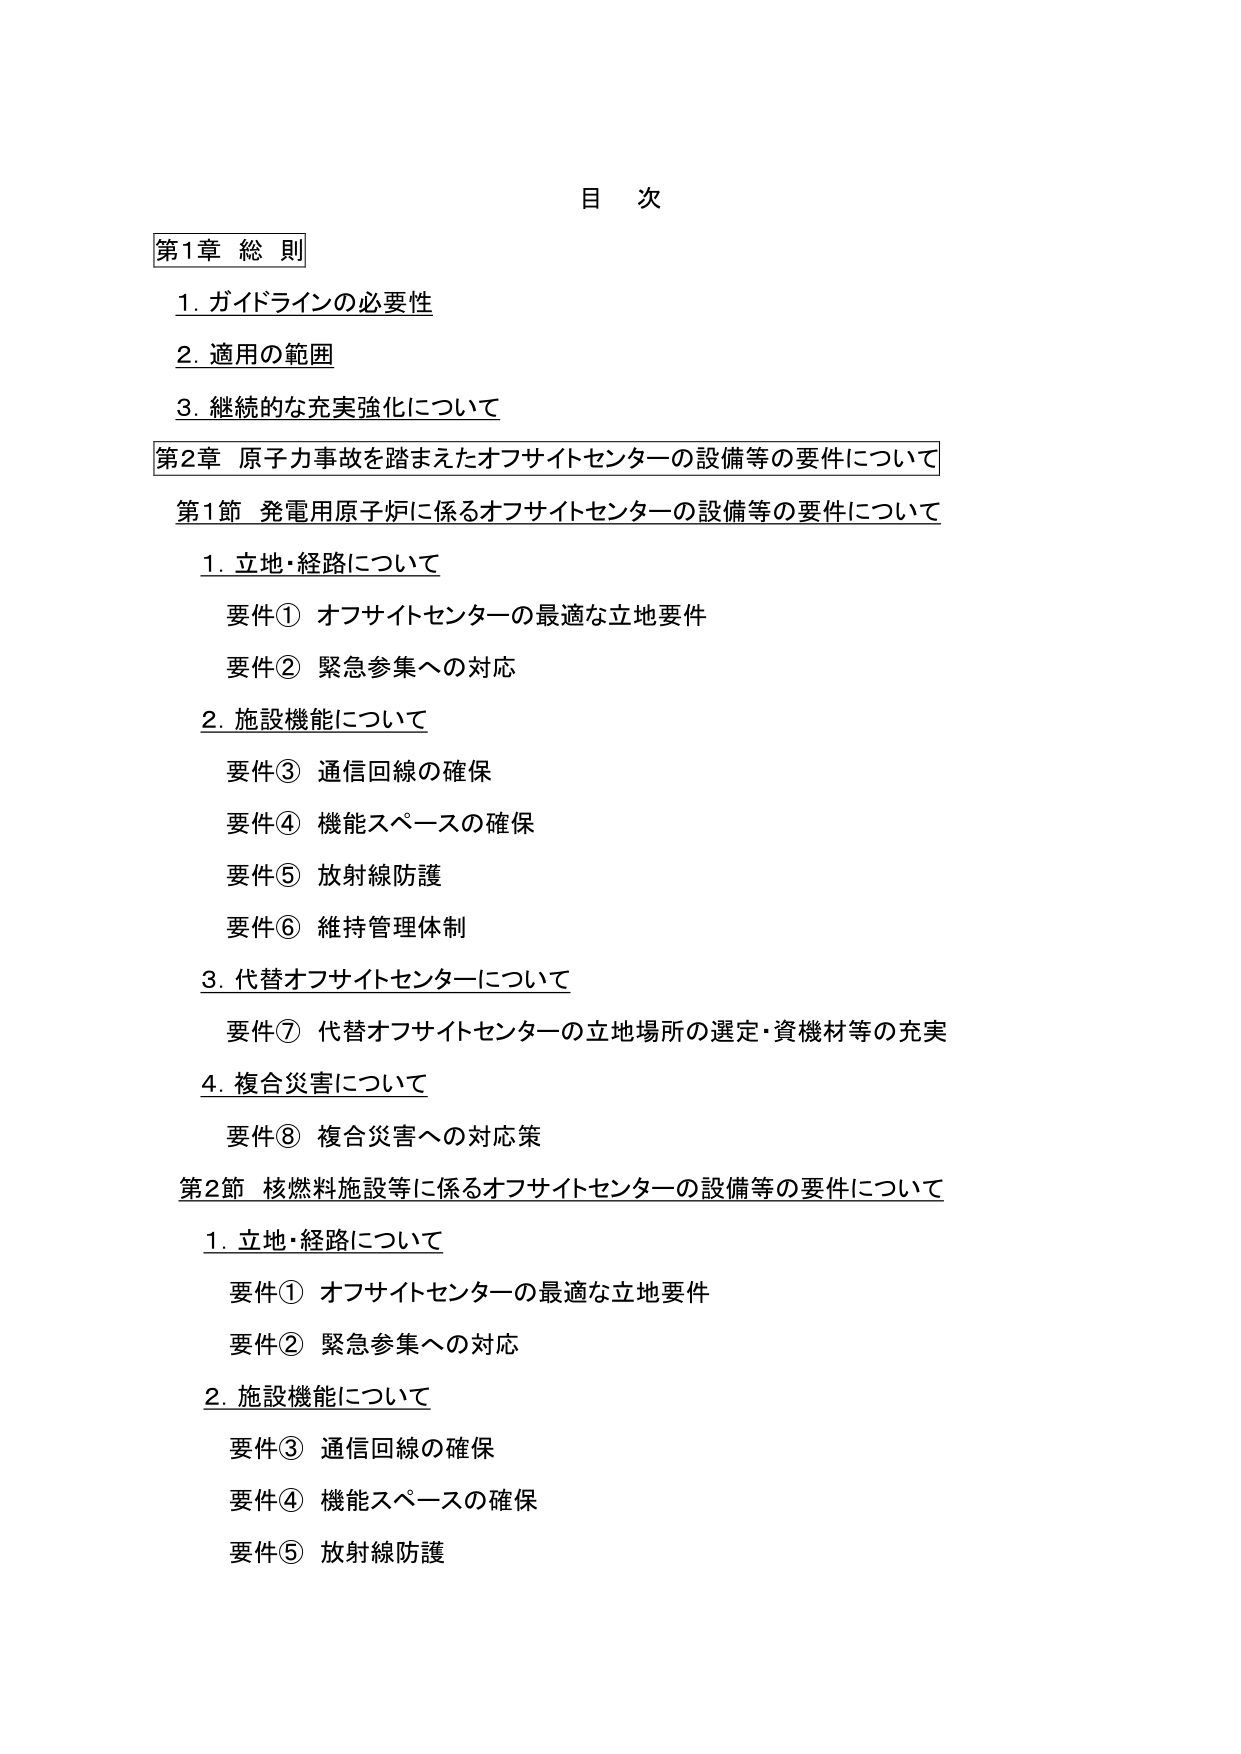
目 次

第1章 総 則
1. ガイドラインの必要性
2. 適用の範囲
3. 継続的な充実強化について

第2章 原子力事故を踏まえたオフサイトセンターの設備等の要件について
第1節 発電用原子炉に係るオフサイトセンターの設備等の要件について
1. 立地・経路について
　要件① オフサイトセンターの最適な立地要件
　要件② 緊急参集への対応
2. 施設機能について
　要件③ 通信回線の確保
　要件④ 機能スペースの確保
　要件⑤ 放射線防護
　要件⑥ 維持管理体制
3. 代替オフサイトセンターについて
　要件⑦ 代替オフサイトセンターの立地場所の選定・資機材等の充実
4. 複合災害について
　要件⑧ 複合災害への対応策

第2節 核燃料施設等に係るオフサイトセンターの設備等の要件について
1. 立地・経路について
　要件① オフサイトセンターの最適な立地要件
　要件② 緊急参集への対応
2. 施設機能について
　要件③ 通信回線の確保
　要件④ 機能スペースの確保
　要件⑤ 放射線防護